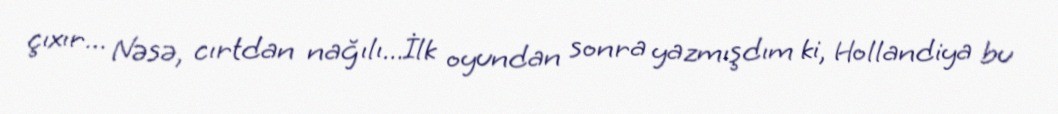
çıxır... Nəsə, cırtdan nağılı...İlk oyundan sonra yazmışdım ki, Hollandiya bu